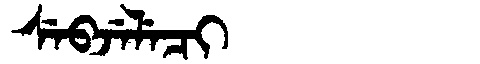
Manchu: ᠰᡝᠪᠵᡝᠯᡝᠴᡳ
Romanization: SEBJELECI